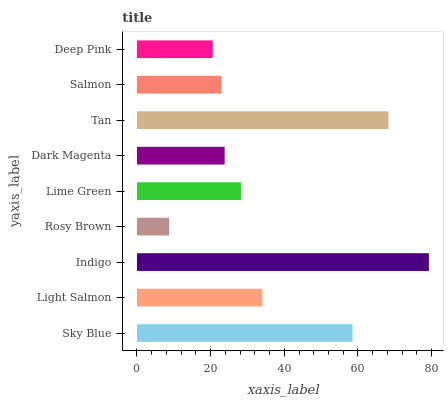
| yaxis_label | bars |
 | --- | --- |
 | Sky Blue | 58.5 |
 | Light Salmon | 34 |
 | Indigo | 79.3 |
 | Rosy Brown | 8.76 |
 | Lime Green | 28.2 |
 | Dark Magenta | 23.8 |
 | Tan | 68.3 |
 | Salmon | 23 |
 | Deep Pink | 20.6 |